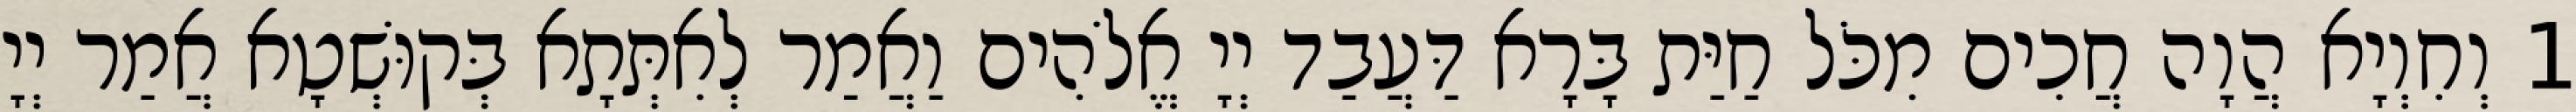
1 וְחִוְיָא הֲוָה חֲכִים מִכֹּל חַיַּת בָּרָא דַּעֲבַד יְיָ אֱלֹהִים וַאֲמַר לְאִתְּתָא בְּקוּשְׁטָא אֲמַר יְיָ